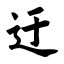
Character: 迂